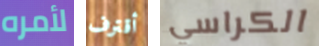
لأمره أقترف الكراسي